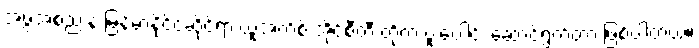
အဖွဲ့အစည်းနဲ့ မြန်မာနိုင်ငံဆိုင်ရာ ယူအက်စ် အိုင်စီတီ တို့က ပူးပေါင်း ဆောင်ရွက်တာ ဖြစ်ပါတယ်။